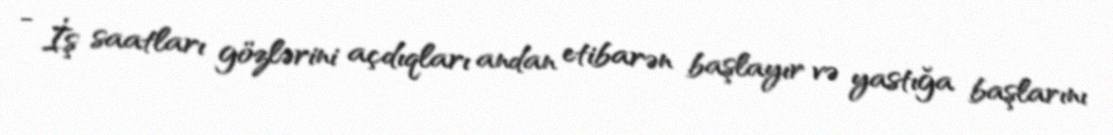
- İş saatları gözlərini açdıqları andan etibarən başlayır və yastığa başlarını